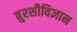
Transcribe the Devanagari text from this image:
बुरशीविज्ञान